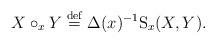
LaTeX: \begin{align*}X\circ_x Y \stackrel {\rm{def}} {=} \Delta(x)^{-1}{\mathrm S}_x(X,Y).\end{align*}